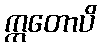
ဣတောပိ